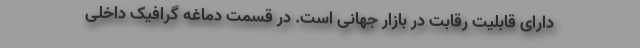
دارای قابلیت رقابت در بازار جهانی است. در قسمت دماغه گرافیک داخلی